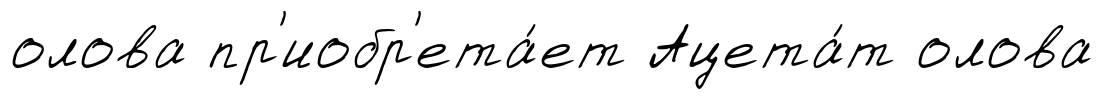
олова пр'иобр'ета́ет Ацета́т олова